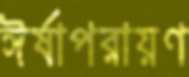
ঈর্ষাপরায়ণ